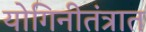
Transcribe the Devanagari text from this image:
योगिनीतंत्रात